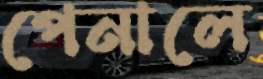
পেনালে